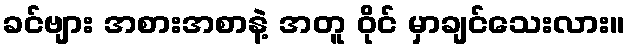
ခင်ဗျား အစားအစာနဲ့ အတူ ဝိုင် မှာချင်သေးလား။